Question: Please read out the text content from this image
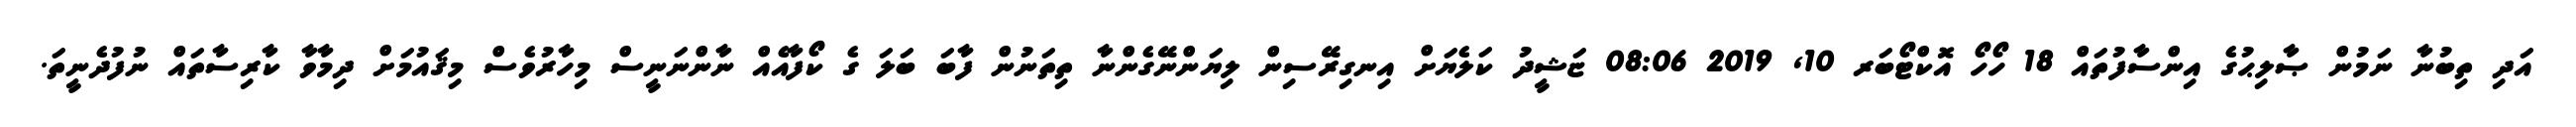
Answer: އަދި ތިބުނާ ނަމުން ޞާލިޙުގެ އިންސާފުތައް 18 ހޯހޯ އޮކްޓޯބަރ 10, 2019 08:06 ޏަޝީދު ކަލެޔަށް އިނގިރޭސިން ލިޔަންނޭގެންނާ ތިތަނުން ފާބަ ބަލަ ގެ ކޯފާއެއް ނާންނަނީސް މިހާރުވެސް މިޤައުމަށް ދިމާވާ ކާރިސާތައް ނުފުދެނީތަ.